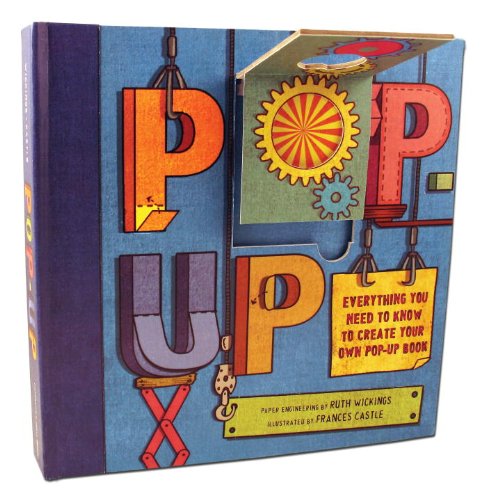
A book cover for Pop-Up: Everything You Need to Create Your Own Pop-Up Book; Ruth Wickings; Children's Books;